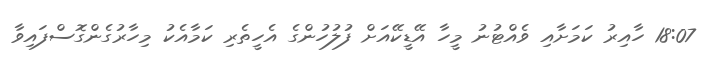
18:07 ހާއިރު ކަމަށާއި ވެއްޓުނު މީހާ އޭޑީކޭއަށް ފުލުހުންގެ އެހީތެރި ކަމާއެކު މިހާރުގެންގޮސްފައިވާ